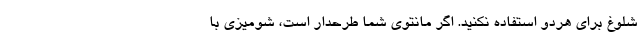
شلوغ برای هردو استفاده نکنید. اگر مانتوی شما طرحدار است، شومیزی با